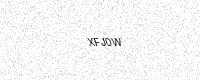
Text: XFJ0W